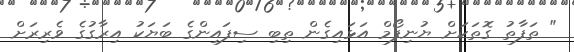
" ތަފާތު ގޮތަކަށް ޔުނިފޯމް އަޅައިގެން ތިބި ސިފައިންގެ ބަޔަކު އިރާގުގެ ވެރިރަށް